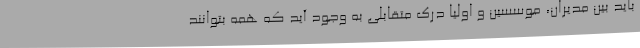
باید بین مدیران، موسسین و اولیا درک متقابلی به وجود آید که همه بتوانند